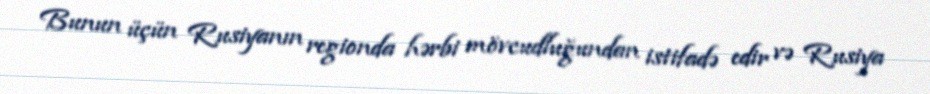
Bunun üçün Rusiyanın regionda hərbi mövcudluğundan istifadə edir və Rusiya